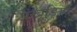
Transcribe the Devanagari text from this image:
पंखुड़ियो